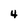
Character: 4